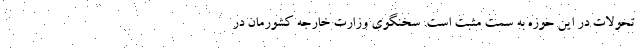
تحولات در این حوزه به سمت مثبت است. سخنگوی وزارت خارجه کشورمان در